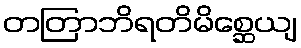
တတြာဘိရတိမိစ္ဆေယျ